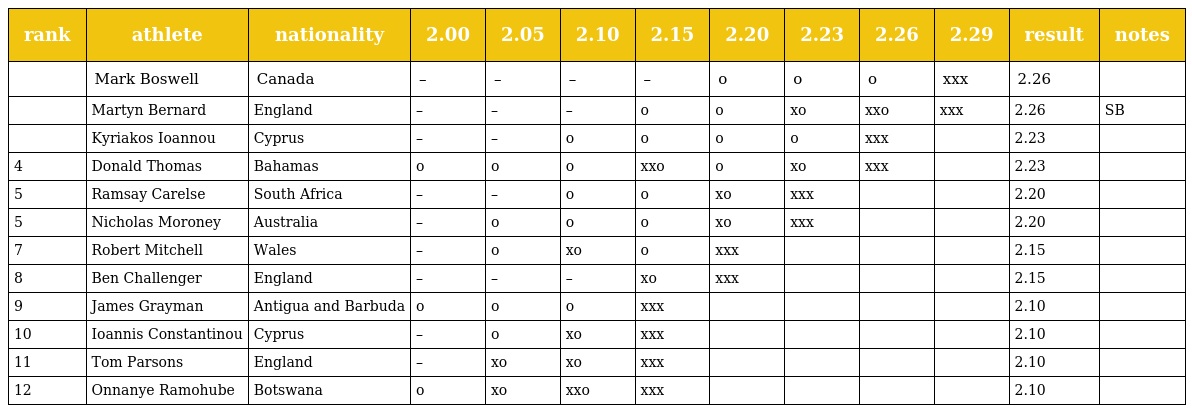
| rank | athlete | nationality | 2.00 | 2.05 | 2.10 | 2.15 | 2.20 | 2.23 | 2.26 | 2.29 | result | notes |
 | --- | --- | --- | --- | --- | --- | --- | --- | --- | --- | --- | --- | --- |
 |  | Mark Boswell | Canada | – | – | – | – | o | o | o | xxx | 2.26 |  |
 |  | Martyn Bernard | England | – | – | – | o | o | xo | xxo | xxx | 2.26 | SB |
 |  | Kyriakos Ioannou | Cyprus | – | – | o | o | o | o | xxx |  | 2.23 |  |
 | 4 | Donald Thomas | Bahamas | o | o | o | xxo | o | xo | xxx |  | 2.23 |  |
 | 5 | Ramsay Carelse | South Africa | – | – | o | o | xo | xxx |  |  | 2.20 |  |
 | 5 | Nicholas Moroney | Australia | – | o | o | o | xo | xxx |  |  | 2.20 |  |
 | 7 | Robert Mitchell | Wales | – | o | xo | o | xxx |  |  |  | 2.15 |  |
 | 8 | Ben Challenger | England | – | – | – | xo | xxx |  |  |  | 2.15 |  |
 | 9 | James Grayman | Antigua and Barbuda | o | o | o | xxx |  |  |  |  | 2.10 |  |
 | 10 | Ioannis Constantinou | Cyprus | – | o | xo | xxx |  |  |  |  | 2.10 |  |
 | 11 | Tom Parsons | England | – | xo | xo | xxx |  |  |  |  | 2.10 |  |
 | 12 | Onnanye Ramohube | Botswana | o | xo | xxo | xxx |  |  |  |  | 2.10 |  |